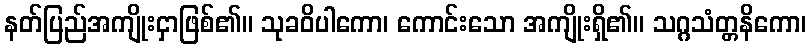
နတ်ပြည်အကျိုးငှာဖြစ်၏။ သုခဝိပါကော၊ ကောင်းသော အကျိုးရှိ၏။ သဂ္ဂသံတ္တနိကော၊